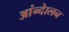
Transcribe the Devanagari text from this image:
आंन्देालन